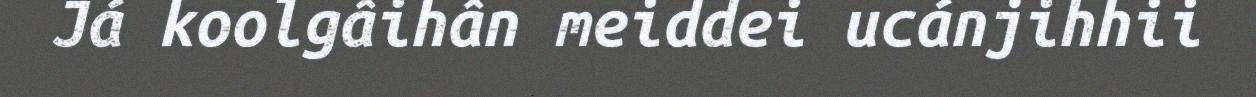
Já koolgâihân meiddei ucánjihhii